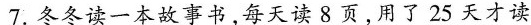
7.冬冬读一本故事书，每天读8页，用了25天才读